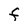
Character: F